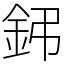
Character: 鈟